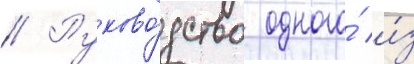
// Руково́дство одного́ и́з